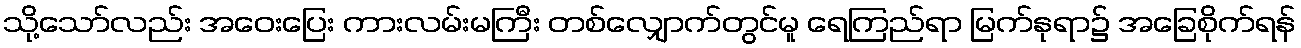
သို့သော်လည်း အဝေးပြေး ကားလမ်းမကြီး တစ်လျှောက်တွင်မူ ရေကြည်ရာ မြက်နုရာ၌ အခြေစိုက်ရန်